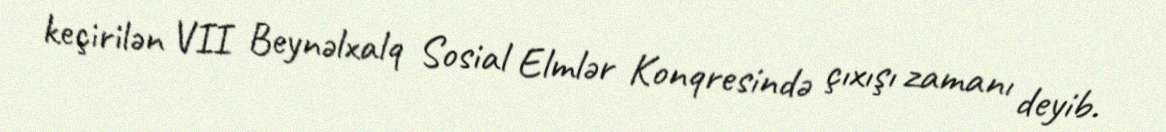
keçirilən VII Beynəlxalq Sosial Elmlər Konqresində çıxışı zamanı deyib.